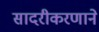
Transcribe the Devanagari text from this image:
सादरीकरणाने